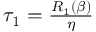
\begin{array} { r } { \tau _ { 1 } = \frac { R _ { 1 } ( \beta ) } { \eta } } \end{array}